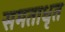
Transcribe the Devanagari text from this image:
समताधृत